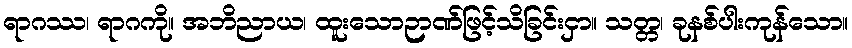
ရာဂဿ၊ ရာဂကို။ အဘိညာယ၊ ထူးသောဉာဏ်ဖြင့်သိခြင်းငှာ။ သတ္တ၊ ခုနစ်ပါးကုန်သော။